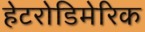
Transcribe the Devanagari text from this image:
हेटरोडिमेरिक